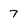
Character: 7